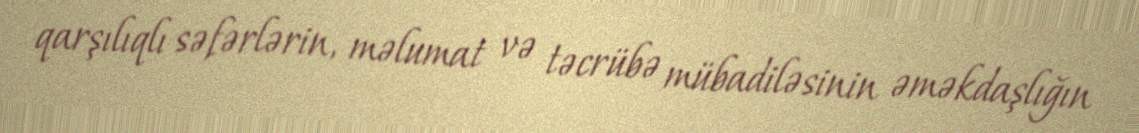
qarşılıqlı səfərlərin, məlumat və təcrübə mübadiləsinin əməkdaşlığın